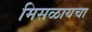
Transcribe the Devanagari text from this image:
मिसळायचा